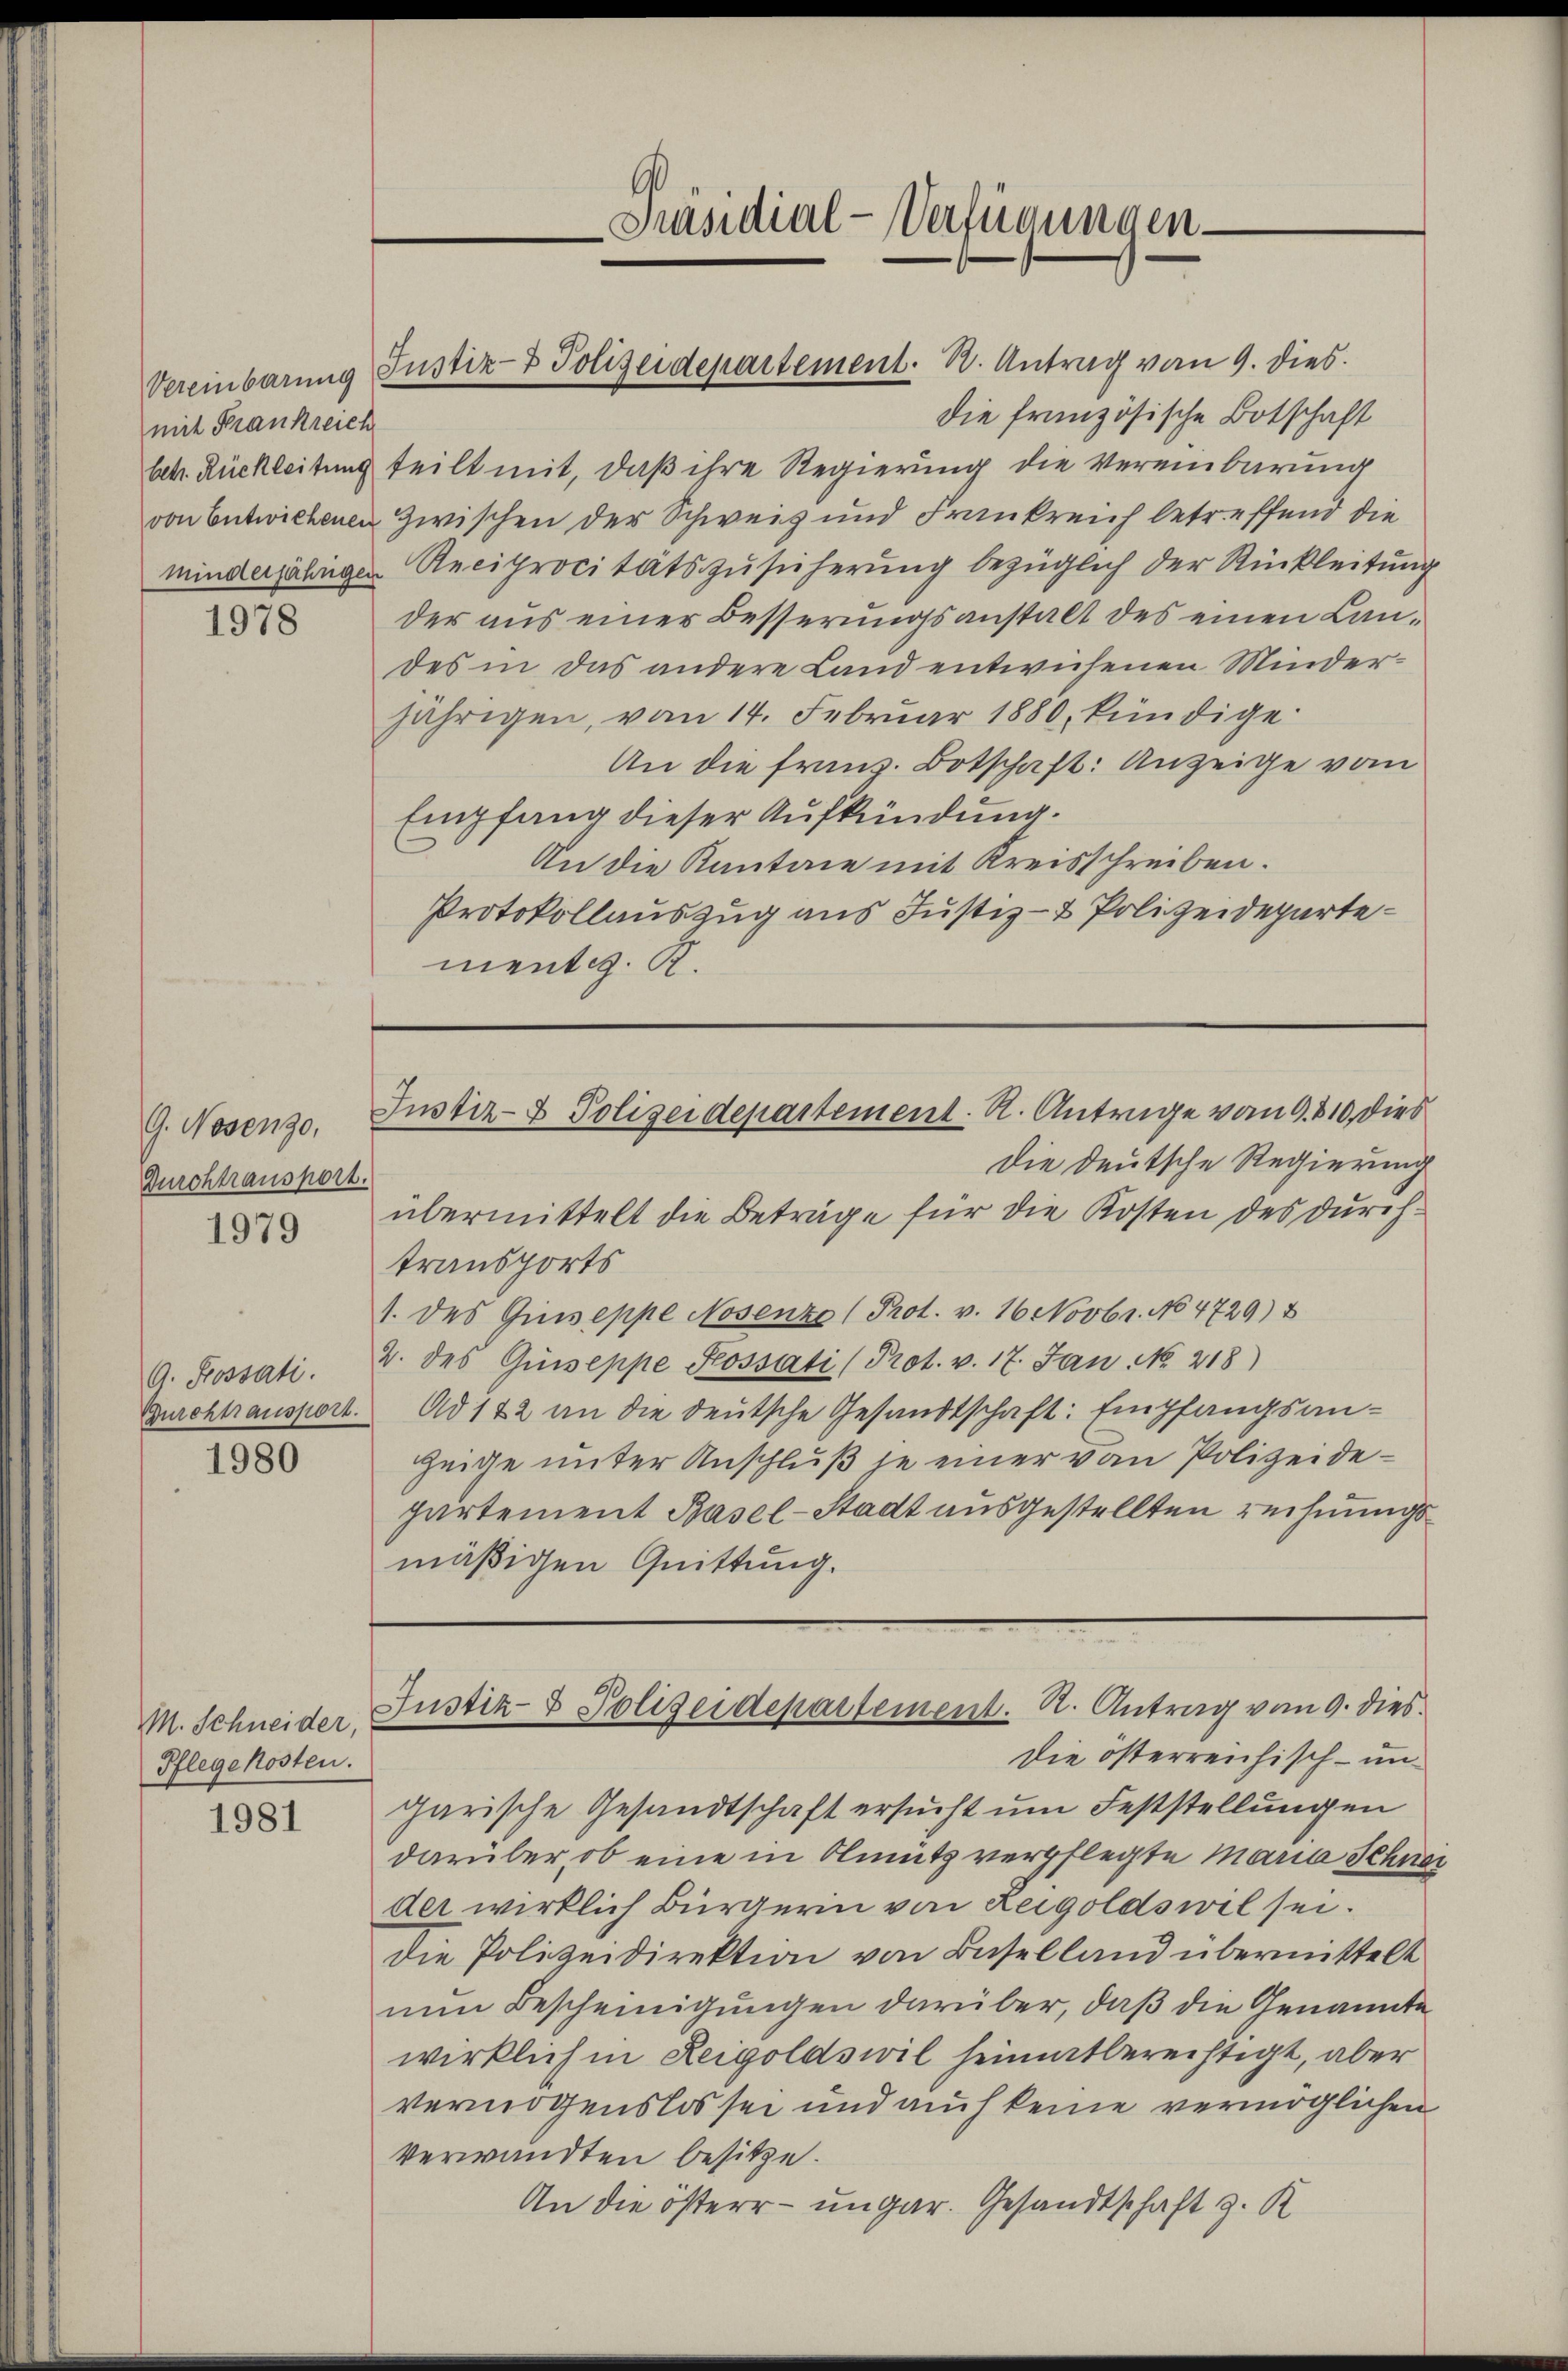
mit Frankreich

1978

G. Nesenso,
Durchtraushort.

1979

G. Bossati.

1980

M. Schneider,
Pflegekosten.

1981

die französische Botschaft
betr. Rückleitung teilt mit, daß ihre Regierung die Vereinbarung
von Entwickenen Zwischen der Schweiz und Frankreich betreffend die
Minderjährigen Reciprocitätszusicherung bezüglich der Rückleitung
der aus einer Besserungsanstalt des einen Landes in das andere Land entwichenen Minderjährigen, von 14. Februar 1880, kündige
An die franz. Botschaft: Anzeige vom
Empfang dieser Aufkündung.
An die Kantone mit Kreisschreiben.
Protokollauszug aus Justiz- & Polizeidepartementi. R.

die deutsche Regierung
übermittelt die Beträge für die Kosten des durchtransports
1. des Giuseppe Nosenze (Prot. v. 16 Novbr. No 4729) u
2. des Guseppe Kossati (Prot. v. 17. Jan. No. 218)
Gurchtransport. Ad 122 an die deutsche Gesandtschaft: Empfangsanzeige unter Anschluß je einer von Polizeidepartement Basel-Stadt ausgestellten rechnungsmäßigen Quittung.

Präsidial-Verfügungen

Vereinbarung Justiz- & Polizeidepartement. R. Antrag vom 9. dies

Justiz- & Polizeidepartement. A. Antrage vom 9. 610. dies

Justiz- & Polizeidepartement. R. Antrag vom 9. dies
Die österreichisch- un
garische Gesandtschaft ersucht um Feststellungen
darüber, ob eine in Olmütz verpflegte Maria Schner
der wirklich Bürgerin von Zeigoldswil sei.
die Polizeidirektion von Baselland übermittelt
nun Bescheinigungen darüber, daß die Genannte
wirklich in Zeigoldswil heimatberechtigt, aber
vermögenslos sei und auch keine vermöglichen
Verwandten besitze.
An die österer- ungar. Gesandtschaft z. K